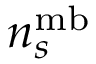
n _ { s } ^ { \mathrm { m b } }